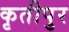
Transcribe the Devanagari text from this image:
कृतीपुर